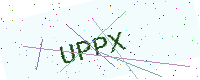
Text: UPPX